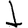
Digit: 1